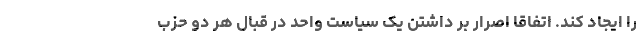
را ایجاد کند. اتفاقاً اصرار بر داشتن یک سیاست واحد در قبال هر دو حزب